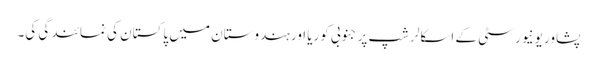
پشاور یونیورسٹی کے اسکالرشپ پر جنوبی کوریا اور ہندوستان میں پاکستان کی نمائندگی کی۔